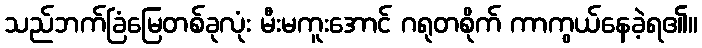
သည်ဘက်ခြံမြေတစ်ခုလုံး မီးမကူးအောင် ဂရုတစိုက် ကာကွယ်နေခဲ့ရ၏။